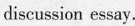
discussion essay.